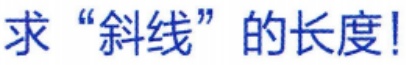
求“斜线”的长度!